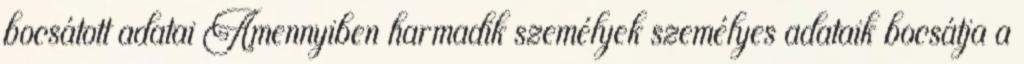
bocsátott adatai Amennyiben harmadik személyek személyes adataik bocsátja a